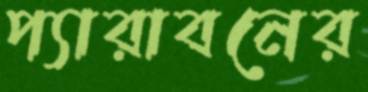
প্যারাবনের